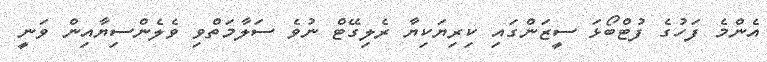
އެންމެ ފަހުގެ ފުޓްބޯޅަ ސީޒަންގައި ކިރިޔަކިޔާ ރެލިގޭޓް ނުވެ ސަލާމަތްވި ވެލެންސިޔާއިން ވަނީ